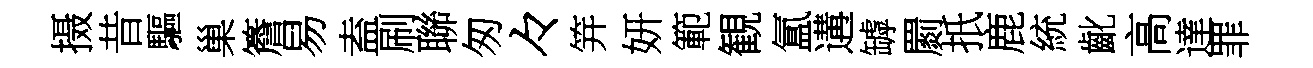
摄昔驅巢簷易盍刷聯匆々笄妍範観氲遘罅罽扺鹿統齔高達罪